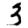
Digit: 3